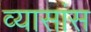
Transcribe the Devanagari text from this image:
व्यासांस